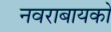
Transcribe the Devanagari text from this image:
नवराबायको